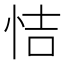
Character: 恄